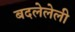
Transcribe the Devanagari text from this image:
बदलेलेली